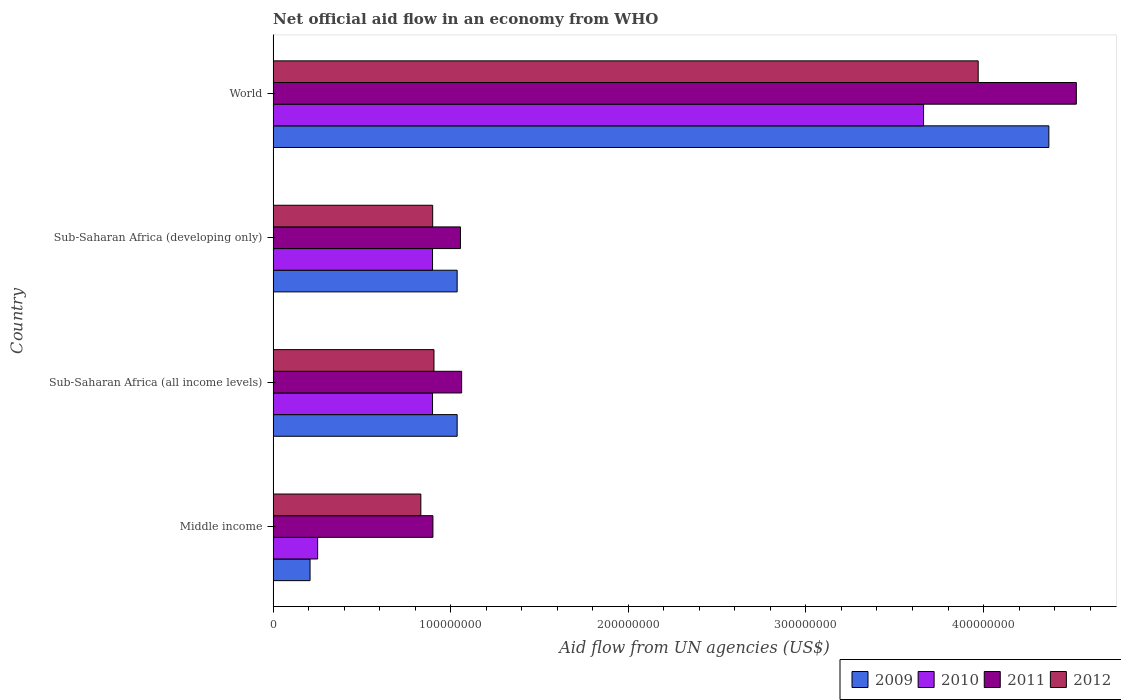
| Country | 2009 | 2010 | 2011 | 2012 |
 | --- | --- | --- | --- | --- |
 | Middle income | 2.08e+07 | 2.51e+07 | 9e+07 | 8.32e+07 |
 | Sub-Saharan Africa (all income levels) | 1.04e+08 | 8.98e+07 | 1.06e+08 | 9.06e+07 |
 | Sub-Saharan Africa (developing only) | 1.04e+08 | 8.98e+07 | 1.05e+08 | 8.98e+07 |
 | World | 4.37e+08 | 3.66e+08 | 4.52e+08 | 3.97e+08 |